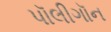
પૉલીગૉન